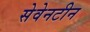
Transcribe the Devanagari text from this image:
सेवेनटीन